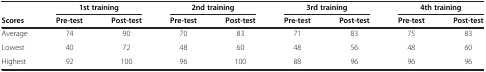
<table><thead><tr><td><b> </b></td><td colspan="2"><b>1st training</b></td><td colspan="2"><b>2nd training</b></td><td colspan="2"><b>3rd training</b></td><td colspan="2"><b>4th training</b></td></tr><tr><td><b>Scores</b></td><td><b>Pre-test</b></td><td><b>Post-test</b></td><td><b>Pre-test</b></td><td><b>Post-test</b></td><td><b>Pre-test</b></td><td><b>Post-test</b></td><td><b>Pre-test</b></td><td><b>Post-test</b></td></tr></thead><tbody><tr><td>Average</td><td>74</td><td>90</td><td>70</td><td>83</td><td>71</td><td>83</td><td>75</td><td>83</td></tr><tr><td>Lowest</td><td>40</td><td>72</td><td>48</td><td>60</td><td>48</td><td>56</td><td>48</td><td>60</td></tr><tr><td>Highest</td><td>92</td><td>100</td><td>96</td><td>100</td><td>88</td><td>96</td><td>96</td><td>96</td></tr></tbody></table>